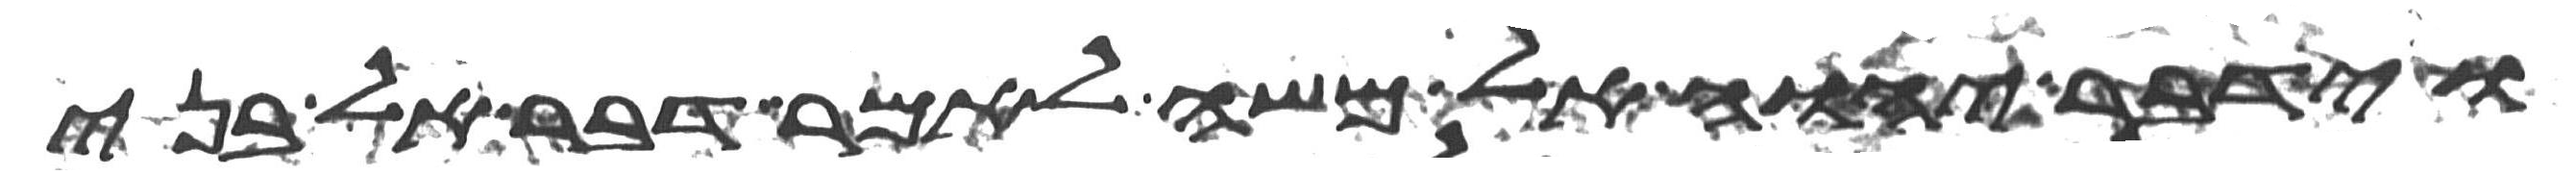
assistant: וידבר יהוה אל משה לאמר דבר אל בני